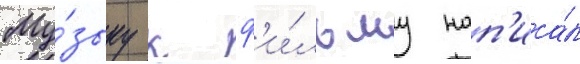
Му́зыку к ф'и́льму нап'иса́л